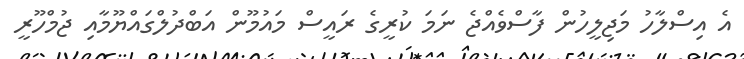
އެ އިސްލާހު މަޖިލީހުން ފާސްވެއްޖެ ނަމަ ކުރީގެ ރައީސް މައުމޫން އަބްދުލްގައްޔޫމާއި ޖުމްހޫރީ